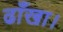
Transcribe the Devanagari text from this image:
ढाँखा।